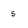
Character: 5